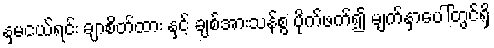
နှမငယ်ရင်း ချာစိတ်ထား နှင့် ချစ်အားသန်စွ ပိုက်ဖက်၍ မျက်နှာပေါ်တွင်ရှိ